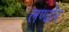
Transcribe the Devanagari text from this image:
लण्ढोर